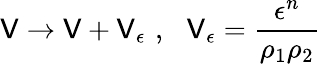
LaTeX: \mathsf{V}\rightarrow\mathsf{V}+\mathsf{V}_{\epsilon}\, \, ,\, \, \, \, \mathsf{V}_{\epsilon}=\frac{{\epsilon^{n}}}{{\rho_{1}\rho_{2}}}